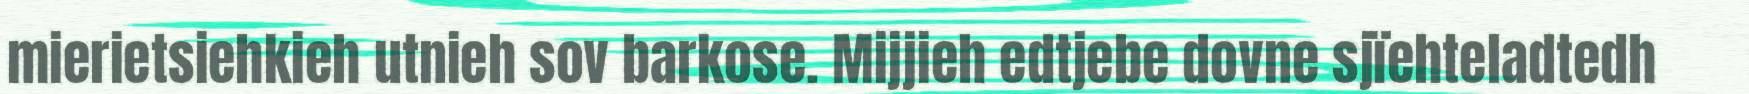
mierietsiehkieh utnieh sov barkose. Mijjieh edtjebe dovne sjïehteladtedh